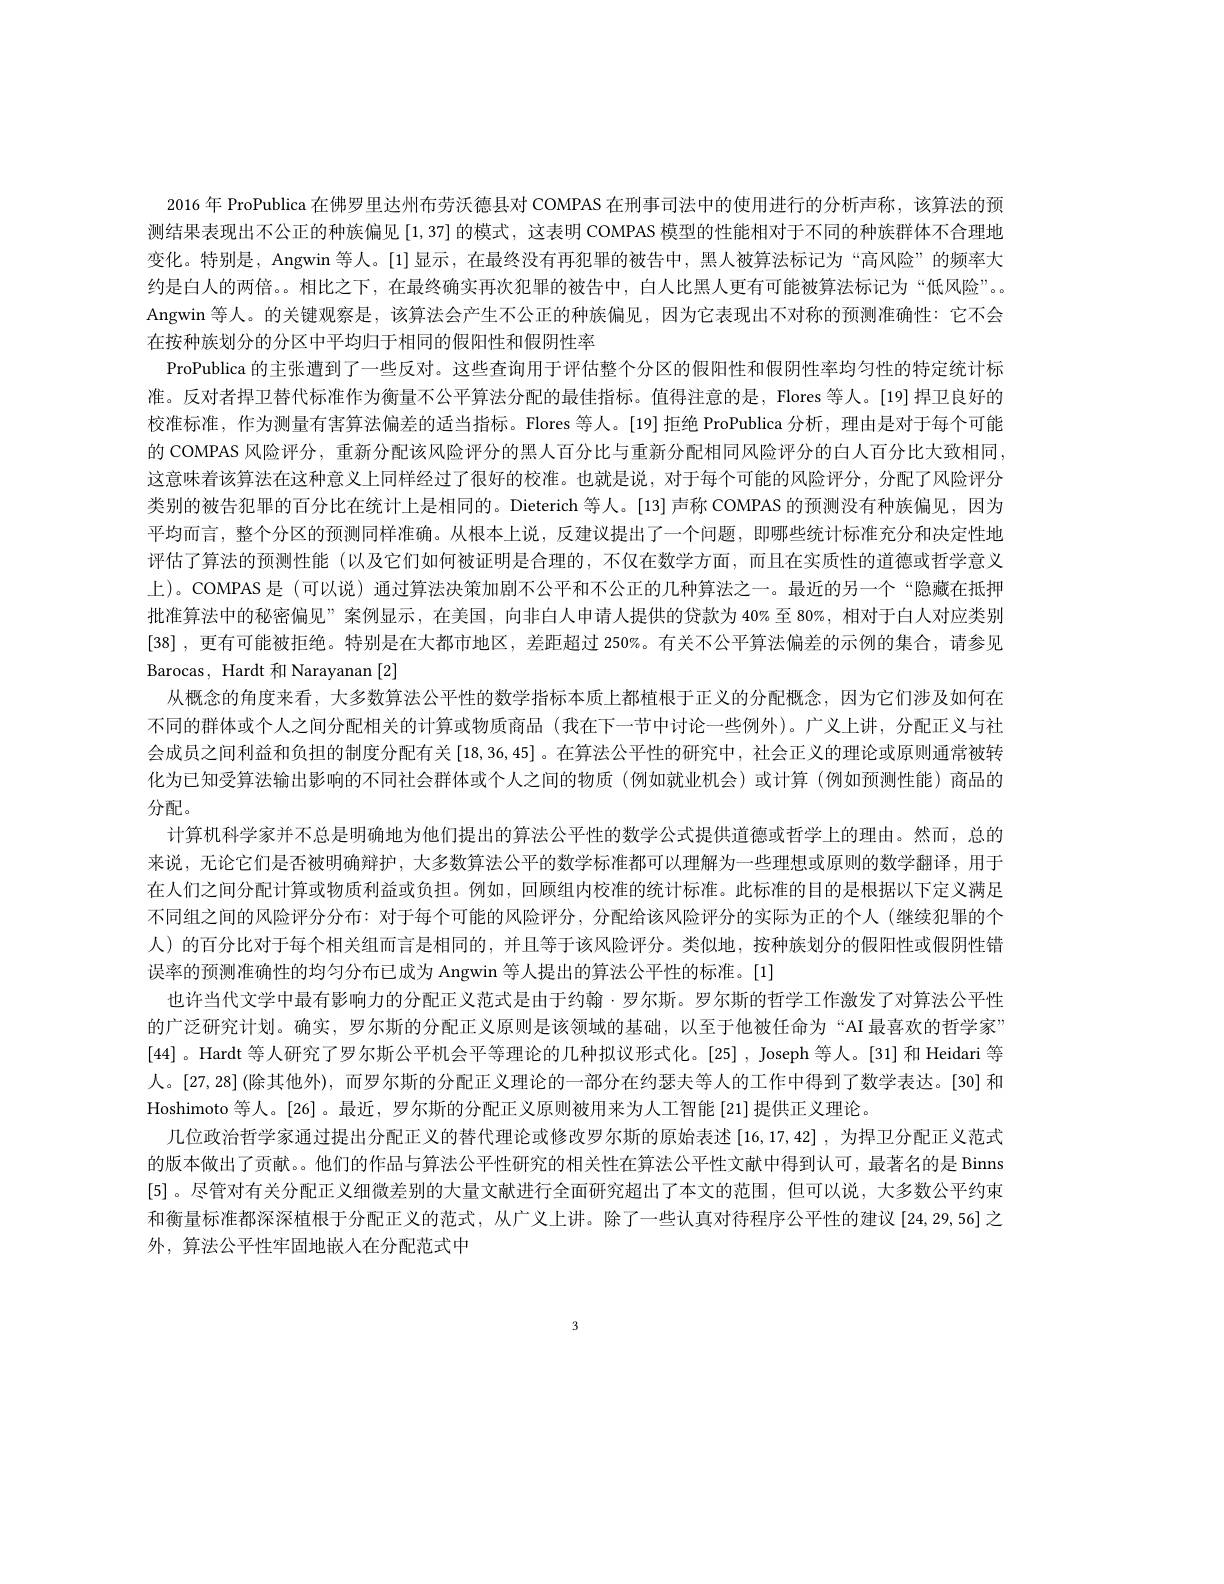
2016 年 ProPublica 在佛罗里达州布劳沃德县对 COMPAS 在刑事司法中的使用进行的分析声称，该算法的预测结果表现出不公正的种族偏见[1,37]的模式，这表明 COMPAS 模型的性能相对于不同的种族群体不合理地变化。特别是，Angwin等人。$\{1\}$显示，在最终没有再犯罪的被告中，黑人被算法标记为“高风险”的频率大约是白人的两倍。。相比之下，在最终确实再次犯罪的被告中，白人比黑人更有可能被算法标记为“低风险”。Angwin 等人。的关键观察是，该算法会产生不公正的种族偏见，因为它表现出不对称的预测准确性：它不会在按种族划分的分区中平均归于相同的假阳性和假阴性率
ProPublica 的主张遭到了一些反对。这些查询用于评估整个分区的假阳性和假阴性率均匀性的特定统计标准。反对者捍卫替代标准作为衡量不公平算法分配的最佳指标。值得注意的是，Flores 等人。[19] 捍卫良好的校准标准，作为测量有害算法偏差的适当指标。Flores 等人。[19] 拒绝 ProPublica 分析，理由是对于每个可能的 COMPAS 风险评分，重新分配该风险评分的黑人百分比与重新分配相同风险评分的白人百分比大致相同. 这意味着该算法在这种意义上同样经过了很好的校准。也就是说，对于每个可能的风险评分，分配了风险评分类别的被告犯罪的百分比在统计上是相同的。Dieterich 等人。[13]声称 COMPAS 的预测没有种族偏见，因为平均而言，整个分区的预测同样准确。从根本上说，反建议提出了一个问题，即哪些统计标准充分和决定性地评估了算法的预测性能(以及它们如何被证明是合理的，不仅在数学方面，而且在实质性的道德或哲学意义上)。COMPAS 是 (可以说) 通过算法决策加剧不公平和不公正的几种算法之一。最近的另一个“隐藏在抵押批准算法中的秘密偏见”案例显示，在美国，向非白人申请人提供的贷款为 40%至 80%,相对于白人对应类别[38],更有可能被拒绝。特别是在大都市地区 , 差距超过 250%。有关不公平算法偏差的示例的集合，请参见${\mathrm{Barocas,~Hardt~和~Narayanan~[2]}}$
从概念的角度来看 , 大多数算法公平性的数学指标本质上都植根于正义的分配概念，因为它们涉及如何在不同的群体或个人之间分配相关的计算或物质商品(我在下一节中讨论一些例外)。广义上讲，分配正义与社会成员之间利益和负担的制度分配有关[18,36,45]。在算法公平性的研究中，社会正义的理论或原则通常被转化为已知受算法输出影响的不同社会群体或个人之间的物质(例如就业机会)或计算(例如预测性能)商品的分配。
计算机科学家并不总是明确地为他们提出的算法公平性的数学公式提供道德或哲学上的理由。然而，总的来说，无论它们是否被明确辩护，大多数算法公平的数学标准都可以理解为一些理想或原则的数学翻译，用于在人们之间分配计算或物质利益或负担。例如，回顾组内校准的统计标准。此标准的目的是根据以下定义满足不同组之间的风险评分分布：对于每个可能的风险评分，分配给该风险评分的实际为正的个人 (继续犯罪的个人)的百分比对于每个相关组而言是相同的，并且等于该风险评分。类似地，按种族划分的假阳性或假阴性错误率的预测准确性的均匀分布已成为 Angwin 等人提出的算法公平性的标准。[1]
也许当代文学中最有影响力的分配正义范式是由于约翰·罗尔斯。罗尔斯的哲学工作激发了对算法公平性的广泛研究计划。确实，罗尔斯的分配正义原则是该领域的基础，以至于他被任命为“AI 最喜欢的哲学家” [44]。Hardt 等人研究了罗尔斯公平机会平等理论的几种拟议形式化。[25] , Joseph 等人。[31] 和 Heidari 等人。[27,28](除其他外), 而罗尔斯的分配正义理论的一部分在约瑟夫等人的工作中得到了数学表达。[30] 和Hoshimoto 等人。[26]。最近，罗尔斯的分配正义原则被用来为人工智能 [21] 提供正义理论。
几位政治哲学家通过提出分配正义的替代理论或修改罗尔斯的原始表述[16,17,42],为捍卫分配正义范式的版本做出了贡献。。他们的作品与算法公平性研究的相关性在算法公平性文献中得到认可，最著名的是 Binns [5]。尽管对有关分配正义细微差别的大量文献进行全面研究超出了本文的范围，但可以说，大多数公平约束和衡量标准都深深植根于分配正义的范式，从广义上讲。除了一些认真对待程序公平性的建议[24,29,56] 之外，算法公平性牢固地嵌人在分配范式中

3